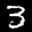
Label: 3